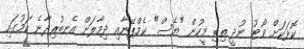
ކޮޅަކަށް ވޯޓު ނުދީ ތިބި މީހުން "ޔެސް" ކެމްޕޭނާއި ދިމާލަށް އެނބުރިދާނެ ކަމުގައި